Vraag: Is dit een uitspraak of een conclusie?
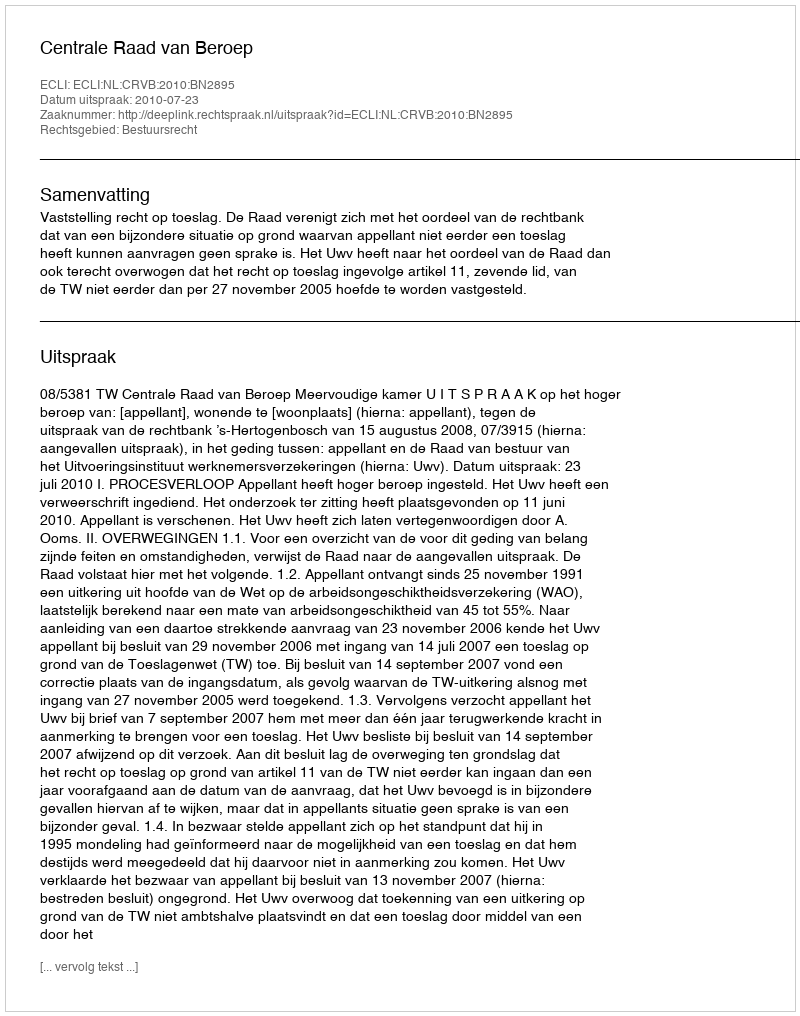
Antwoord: Uitspraak